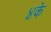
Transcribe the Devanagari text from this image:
४के